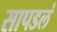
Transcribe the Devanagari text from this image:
सापडलं